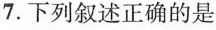
7.下列叙述正确的是